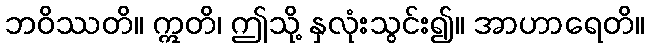
ဘဝိဿတိ။ ဣတိ၊ ဤသို့ နှလုံးသွင်း၍။ အာဟာရေတိ။